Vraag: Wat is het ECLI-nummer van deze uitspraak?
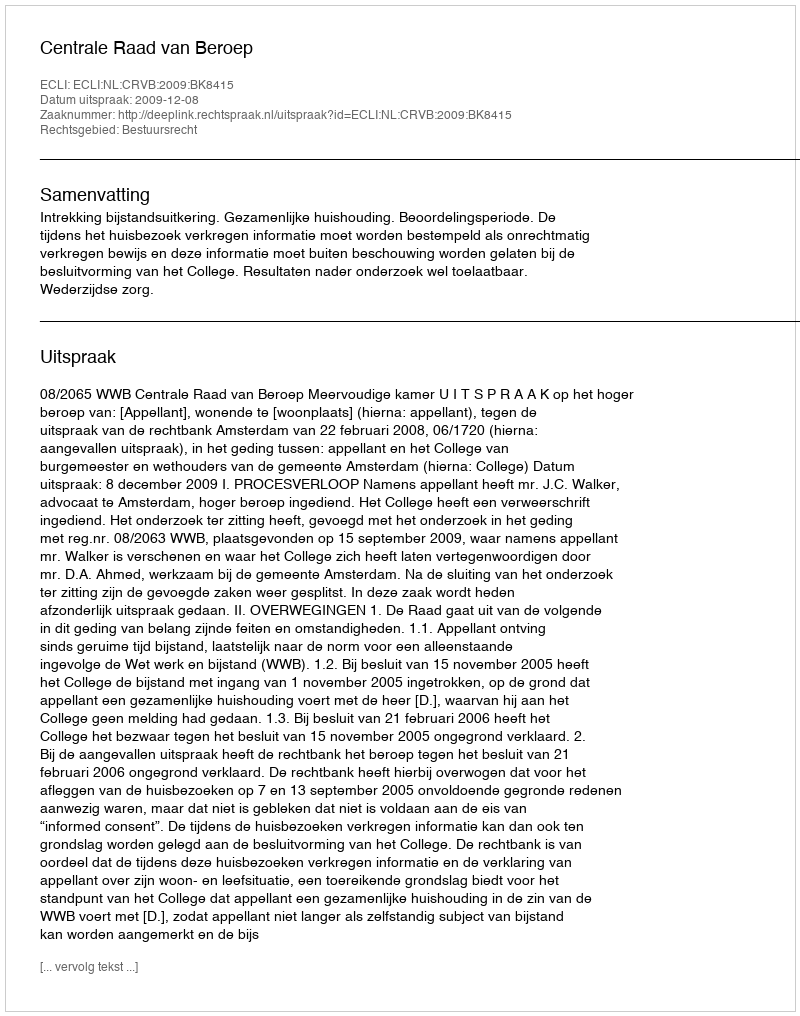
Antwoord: ECLI:NL:CRVB:2009:BK8415